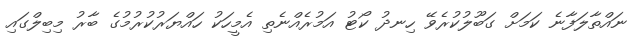
ނައްތާލަފާނެ ކަމަށް ގަބޫލުކުރެވޭ ހިނދު ކޯޓު އަމުރެއްނެތި އެމީހަކު ހައްޔަރުކުރުމުގެ ބާރު މިބިލްގައި